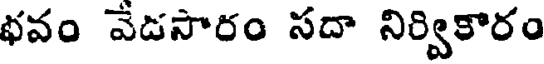
భవం వేడసారం సదా నిర్వికారం